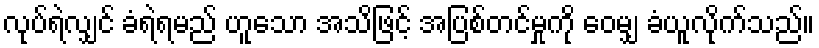
လုပ်ရဲလျှင် ခံရဲရမည် ဟူသော အသိဖြင့် အပြစ်တင်မှုကို ဝေမျှ ခံယူလိုက်သည်။